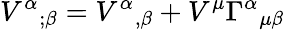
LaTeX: V^{\alpha}{}_{;\beta}=V^{\alpha}{}_{,\beta}+V^{\mu}\Gamma^{\alpha}{}_{\mu\beta}